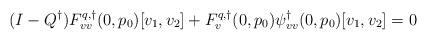
LaTeX: \begin{align*}(I-Q^\dagger)F^{q,\dagger}_{vv}(0,p_0)[v_1,v_2] + F^{q,\dagger}_v(0,p_0)\psi^\dagger_{vv}(0,p_0)[v_1,v_2] = 0\end{align*}